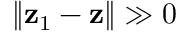
\| { \mathbf z } _ { 1 } - { \mathbf z } \| \gg 0